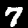
Digit: 7